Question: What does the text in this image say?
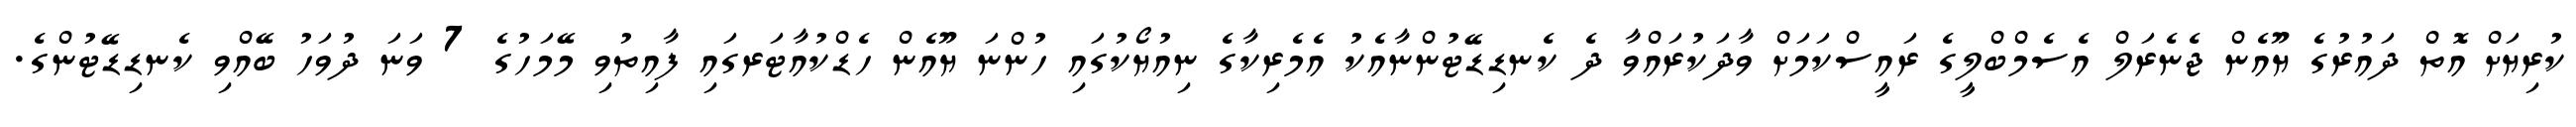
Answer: ކުރިޔަށް އޮތް ދައުރުގެ ޔޫއެން ޖެނެރަލް އެސެމްބްލީގެ ރައީސްކަމަށް ވާދަކުރައްވާ ދެ ކެނޑިޑޭޓުންނާއެކު އެމެރިކާގެ ނިއުޔޯކުގައި ހުންނަ ޔޫއެން ހެޑްކުއާޓަރގައި ފާއިތުވި މޭމަހުގެ 7 ވަނަ ދުވަހު ބޭއްވި ކެނޑިޑޭޓުންގެ.